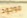
موجود